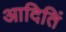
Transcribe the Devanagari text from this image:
आदितिं